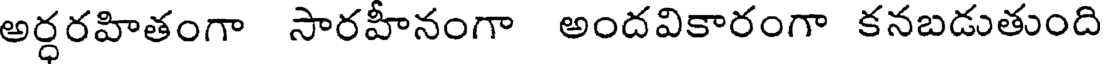
అర్ధరహితంగా సారహీనంగా అందవికారంగా కనబడుతుంది